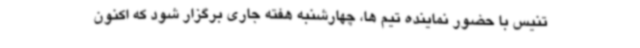
تنیس با حضور نماینده تیم ها، چهارشنبه هفته جاری برگزار شود که اکنون